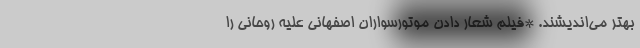
بهتر می‌اندیشند. *فیلم شعار دادن موتورسواران اصفهانی علیه روحانی را